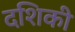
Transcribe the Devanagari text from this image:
दशिकी